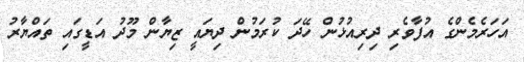
އަހަރެމެންގެ އުފާވެރި ދިރިއުޅުން ހޭދަ ކުރަމުން ދިޔައީ ޒިޔާން މޫދު އަޑީގައި ތައްޔާރު